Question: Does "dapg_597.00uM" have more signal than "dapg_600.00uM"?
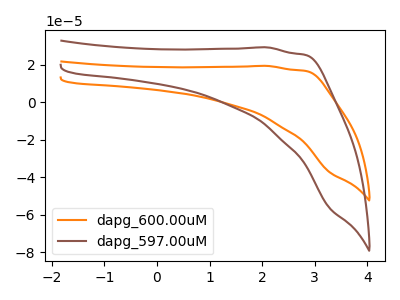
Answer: <think>The orange curve "dapg_600.00uM" has no peaks. The brown curve "dapg_597.00uM" has no peaks.
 Neither "dapg_597.00uM" or "dapg_600.00uM" have any peaks.</think>
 <answer>I cant tell if "dapg_597.00uM" or "dapg_600.00uM" has more signal.</answer>
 <eval>mixed_signal</eval>